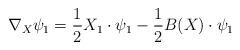
LaTeX: \begin{align*}\nabla_X\psi_1=\frac{1}{2}X_1\cdot\psi_1-\frac{1}{2}B(X)\cdot\psi_1\end{align*}